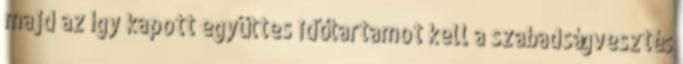
majd az így kapott együttes időtartamot kell a szabadságvesztés